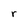
Character: r